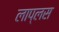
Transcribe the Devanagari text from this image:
लाप्लस